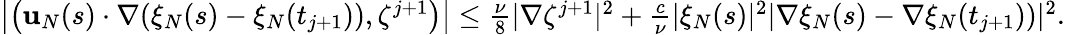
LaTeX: \begin{array}{r}{\left|\left(\mathbf{u}_{N}(s)\cdot\nabla(\xi_{N}(s)-\xi_{N}(t_{j+1})),\zeta^{j+1}\right)\right|\leq\frac{\nu}{8}|\nabla\zeta^{j+1}|^{2}+\frac{c}{\nu}|\xi_{N}(s)|^{2}|\nabla\xi_{N}(s)-\nabla\xi_{N}(t_{j+1}))|^{2}.}\end{array}